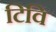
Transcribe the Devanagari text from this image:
टिवि